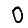
Digit: 0